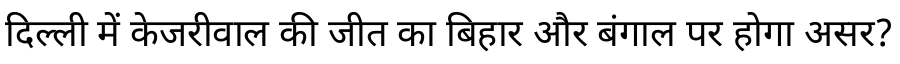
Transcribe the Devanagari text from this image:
दिल्ली में केजरीवाल की जीत का बिहार और बंगाल पर होगा असर?